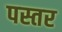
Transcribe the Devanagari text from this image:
पस्तर